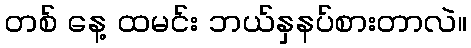
တစ် နေ့ ထမင်း ဘယ်နှနပ်စားတာလဲ။